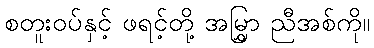
စတူးဝပ်နှင့် ဖရင့်တို့ အမြွှာ ညီအစ်ကို။